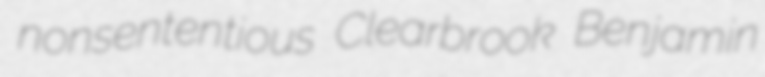
nonsententious Clearbrook Benjamin